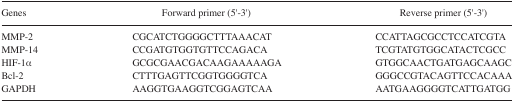
| Genes | Forward primer (5′-3′) | Reverse primer (5′-3′) |
 | --- | --- | --- |
 | MMP-2 | CGCATCTGGGGCTTTAAACAT | CCATTAGCGCCTCCATCGTA |
 | MMP-14 | CCGATGTGGTGTTCCAGACA | TCGTATGTGGCATACTCGCC |
 | HIF-1α | GCGCGAACGACAAGAAAAAGA | GTGGCAACTGATGAGCAAGC |
 | Bcl-2 | CTTTGAGTTCGGTGGGGTCA | GGGCCGTACAGTTCCACAAA |
 | GAPDH | AAGGTGAAGGTCGGAGTCAA | AATGAAGGGGTCATTGATGG |